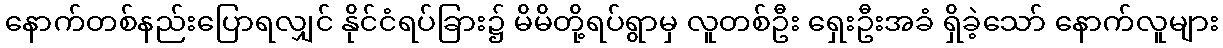
နောက်တစ်နည်းပြောရလျှင် နိုင်ငံရပ်ခြား၌ မိမိတို့ရပ်ရွာမှ လူတစ်ဦး ရှေးဦးအခံ ရှိခဲ့သော် နောက်လူများ